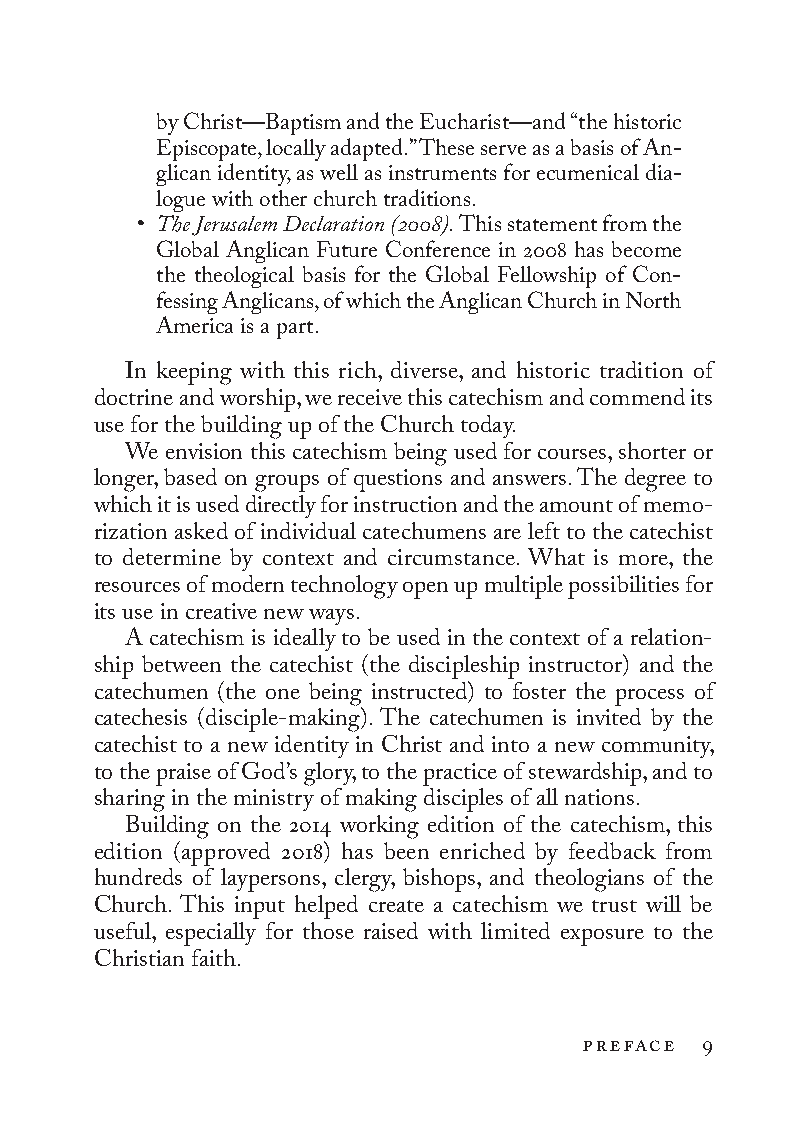
by Christ—Baptism and the Eucharist—and “the historic
 Episcopate, locally adapted.” These serve as a basis of An-
 glican identity, as well as instruments for ecumenical dia-
 logue with other church traditions.
 • The Jerusalem Declaration (2008). This statement from the
 Global Anglican Future Conference in 2008 has become
 the theological basis for the Global Fellowship of Con-
 fessing Anglicans, of which the Anglican Church in North
 America is a part.
 In keeping with this rich, diverse, and historic tradition of
 doctrine and worship, we receive this catechism and commend its
 use for the building up of the Church today.
 We envision this catechism being used for courses, shorter or
 longer, based on groups of questions and answers. The degree to
 which it is used directly for instruction and the amount of memo-
 rization asked of individual catechumens are left to the catechist
 to determine by context and circumstance. What is more, the
 resources of modern technology open up multiple possibilities for
 its use in creative new ways.
 A catechism is ideally to be used in the context of a relation-
 ship between the catechist (the discipleship instructor) and the
 catechumen (the one being instructed) to foster the process of
 catechesis (disciple-making). The catechumen is invited by the
 catechist to a new identity in Christ and into a new community,
 to the praise of God’s glory, to the practice of stewardship, and to
 sharing in the ministry of making disciples of all nations.
 Building on the 2014 working edition of the catechism, this
 edition (approved 2018) has been enriched by feedback from
 hundreds of laypersons, clergy, bishops, and theologians of the
 Church. This input helped create a catechism we trust will be
 useful, especially for those raised with limited exposure to the
 Christian faith.
 preface 9
 To be a Christian.566776.int.indd 9         11/13/19 1:31 PM